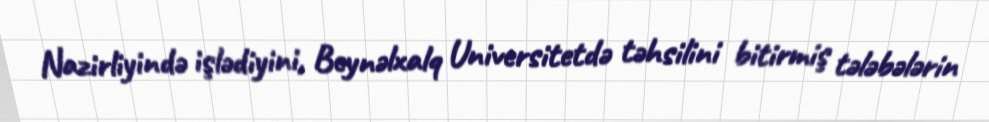
Nazirliyində işlədiyini, Beynəlxalq Universitetdə təhsilini bitirmiş tələbələrin